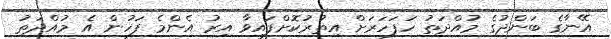
އޭނާގެ ބަންދުގެ މުއްދަތު ހަފަހަރަށް އިތުރުކޮށްފައިވާ އިރު އެންމެ ފަހުން އެ މުއްދަތު